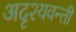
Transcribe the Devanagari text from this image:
अदृश्यवन्ती